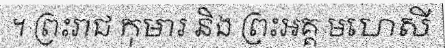
។ ព្រះរាជ កុមារ និង ព្រះឣគ្គ មហេសី